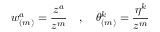
w _ { ( m ) } ^ { a } = \frac { z ^ { a } } { z ^ { m } } \quad , \quad \theta _ { ( m ) } ^ { k } = \frac { \eta ^ { k } } { z ^ { m } }